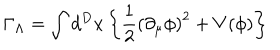
\Gamma _ { \Lambda } = \int d ^ { D } x \left\{ \frac { 1 } { 2 } \left( \partial _ { \mu } \phi \right) ^ { 2 } + V ( \phi ) \right\}